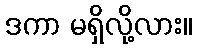
ဒကာ မရှိလို့လား။